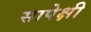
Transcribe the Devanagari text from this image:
सापेक्षी